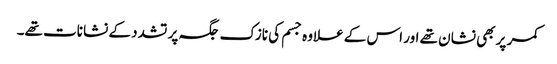
کمر پر بھی نشان تھے اور اس کے علاوہ جسم کی نازک جگہ پر تشدد کے نشانات تھے۔